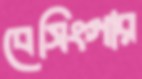
বেসিংগার